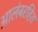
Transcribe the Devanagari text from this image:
आलंबरहित